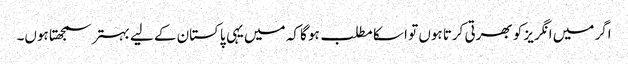
اگر میں انگریز کو بھرتی کرتا ہوں تو ا سکا مطلب ہو گا کہ میں یہی پاکستان کے لیے بہتر سمجھتا ہوں۔